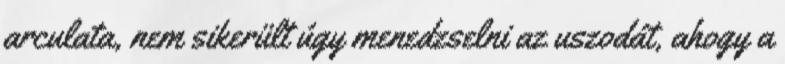
arculata, nem sikerült úgy menedzselni az uszodát, ahogy a